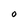
Character: O